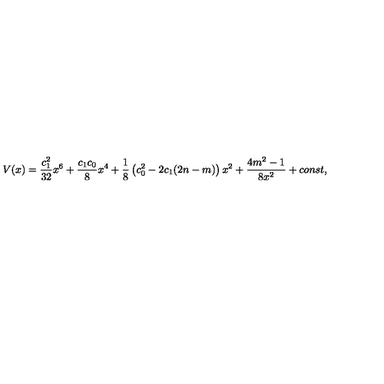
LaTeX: V ( x ) = \frac { c _ { 1 } ^ { 2 } } { 3 2 } x ^ { 6 } + \frac { c _ { 1 } c _ { 0 } } 8 x ^ { 4 } + \frac 1 8 \left( c _ { 0 } ^ { 2 } - 2 c _ { 1 } ( 2 n - m ) \right) x ^ { 2 } + \frac { 4 m ^ { 2 } - 1 } { 8 x ^ { 2 } } + c o n s t ,